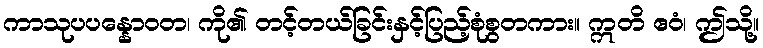
ကာသုပပန္နောဝတ၊ ကို၏ တင့်တယ်ခြင်းနှင့်ပြည့်စုံစွတကား။ ဣတိ ဧဝံ၊ ဤသို့။